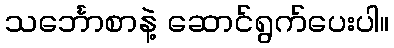
သင်္ဘောစာနဲ့ ဆောင်ရွက်ပေးပါ။